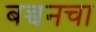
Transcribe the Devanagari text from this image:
बच्चनचा